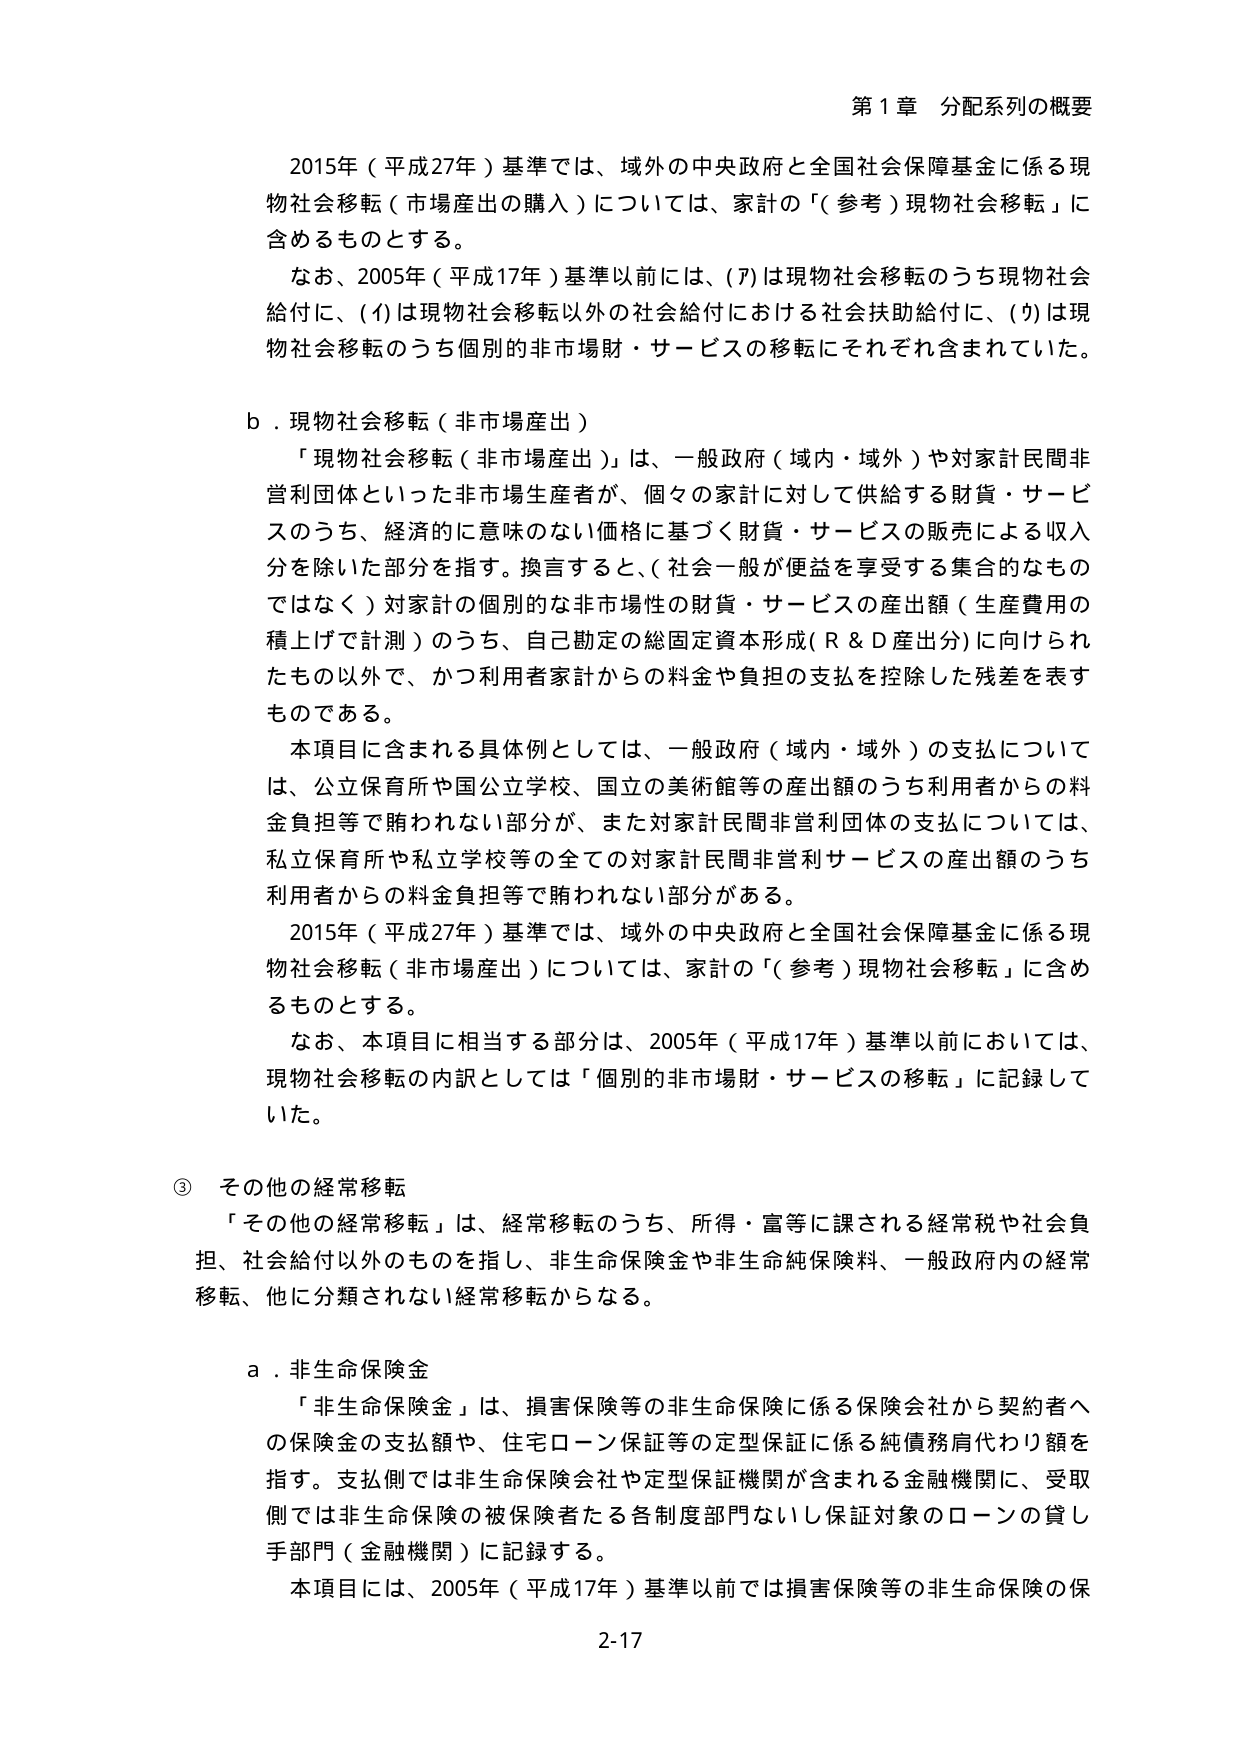
第１章 分配系列の概要

2015年（平成27年）基準では、域外の中央政府と全国社会保障基金に係る現物社会移転（市場産出の購入）については、家計の「（参考）現物社会移転」に含めるものとする。

なお、2005年（平成17年）基準以前には、(ｱ)は現物社会移転のうち現物社会給付に、(ｲ)は現物社会移転以外の社会給付における社会扶助給付に、(ｳ)は現物社会移転のうち個別の非市場財・サービスの移転にそれぞれ含まれていた。

b．現物社会移転（非市場産出）

「現物社会移転（非市場産出）」は、一般政府（域内・域外）や対家計民間非営利団体といった非市場生産者が、個々の家計に対して供給する財貨・サービスのうち、経済的に意味のない価格に基づく財貨・サービスの販売による収入分を除いた部分を指す。換言すると、（社会一般が便益を享受する集合的ななものではなく）対家計の個別的な非市場性の財貨・サービスの産出額（生産費用の積上げで計測）のうち、自己勘定の総固定資本形成（R＆D産出分）に向けられたもの以外で、かつ利用者家計からの料金や負担の支払を控除した残差を表すものである。

本項目に含まれる具体例としては、一般政府（域内・域外）の支払については、公立保育所や国公立学校、国立の美術館等の産出額のうち利用者からの料金負担等で賄われない部分が、また対家計民間非営利団体の支払については、私立保育所や私立学校等の全ての対家計民間非営利サービスの産出額のうち利用者からの料金負担等で賄われない部分がある。

2015年（平成27年）基準では、域外の中央政府と全国社会保障基金に係る現物社会移転（非市場産出）については、家計の「（参考）現物社会移転」に含めるものとする。

なお、本項目に相当する部分は、2005年（平成17年）基準以前においては、現物社会移転の内訳としては「個別の非市場財・サービスの移転」に記録していた。

③ その他の経常移転

「その他の経常移転」は、経常移転のうち、所得・富等に課される経常税や社会負担、社会給付以外のものを指し、非生命保険金や非生命純保険料、一般政府内の経常移転、他に分類されない経常移転からなる。

a．非生命保険金

「非生命保険金」は、損害保険等の非生命保険に係る保険会社から契約者への保険金の支払額や、住宅ローン保証等の定型保証に係る純債務肩代わり額を指す。支払側では非生命保険会社や定型保証機関が含まれる金融機関に、受取側では非生命保険の被保険者たる各制度部門ないし保証対象のローンの貸し手部門（金融機関）に記録する。

本項目には、2005年（平成17年）基準以前では損害保険等の非生命保険の保

2-17